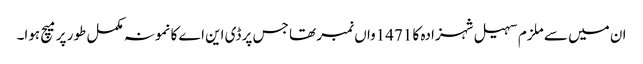
ان میں سے ملزم سہیل شہزادہ کا 1471واں نمبر تھا جس پر ڈی این اے کا نمونہ مکمل طور پر میچ ہوا۔